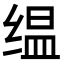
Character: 缊